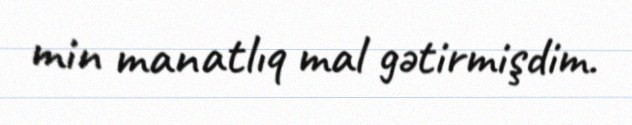
min manatlıq mal gətirmişdim.